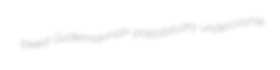
taxed Gudermannian postobituary undercourse